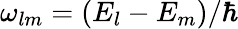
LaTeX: \omega_{lm}=(E_{l}-E_{m})/\hbar